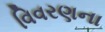
વિવરણના